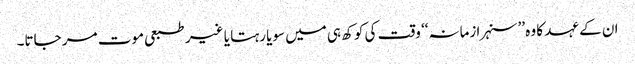
ان کے عہد کا وہ ’’سنہرا زمانہ‘‘ وقت کی کوکھ ہی میں سویا رہتا یا غیر طبعی موت مر جاتا۔